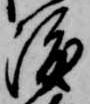
渡